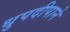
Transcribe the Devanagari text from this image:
धुपदीपाने